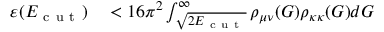
\begin{array} { r l } { \varepsilon ( E _ { \mathrm { ~ c ~ u ~ t ~ } } ) } & { { } < 1 6 \pi ^ { 2 } \int _ { \sqrt { 2 E _ { \mathrm { ~ c ~ u ~ t ~ } } } } ^ { \infty } \rho _ { \mu \nu } ( G ) \rho _ { \kappa \kappa } ( G ) d G } \end{array}